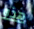
هذه